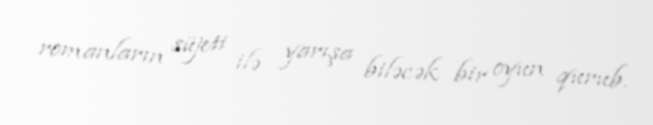
romanların süjeti ilə yarışa biləcək bir oyun qurub.